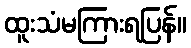
ထူးသံမကြားရပြန်။